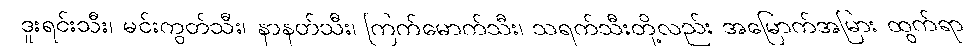
ဒူးရင်းသီး၊ မင်းကွတ်သီး၊ နာနတ်သီး၊ ကြက်မောက်သီး၊ သရက်သီးတို့လည်း အမြောက်အမြား ထွက်ရာ